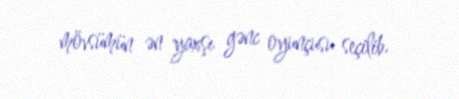
mövsümün ən yaxşı gənc oyunçusu seçilib.